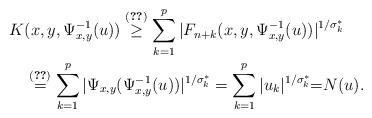
LaTeX: \begin{align*} K& (x,y,\Psi_{x,y}^{-1}(u) ) \stackrel{\eqref{sec.two_2:eq_defKernelK}}{\geq} \sum_{k = 1}^p |F_{n+k} (x,y,\Psi_{x,y}^{-1}(u)) |^{{1}/{\sigma^*_k}} \\ & \stackrel{\eqref{sec.two_2:def_mapPsixy}}{=} \sum_{k = 1}^p |\Psi_{x,y} (\Psi_{x,y}^{-1}(u) ) |^{{1}/{\sigma^*_k}} = \sum_{k = 1}^p|u_k|^{{1}/{\sigma^*_k}} {=} N(u). \end{align*}